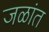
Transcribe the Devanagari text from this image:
जळांत